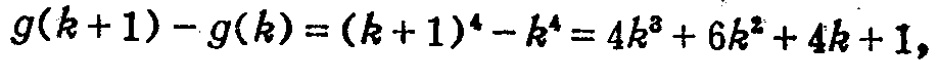
\(g(k + 1) - g(k) = (k + 1)^4 - k^4 = 4k^3 + 6k^2 + 4k + 1,\)